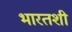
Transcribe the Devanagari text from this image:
भारतशी